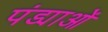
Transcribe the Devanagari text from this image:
पंड्याओं